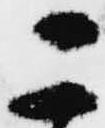
こ